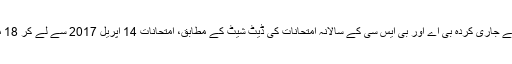
سرگودھا یونیورسٹی کی طرف سے جاری کردہ بی اے اور بی ایس سی کے سالانہ امتحانات کی ڈیٹ شیٹ کے مطابق، امتحانات 14 اپریل 2017 سے لے کر 18 مئی 2017 تک جاری رہیں گے۔